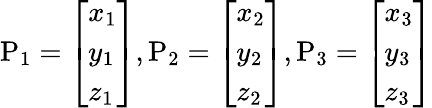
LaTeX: \mathrm{P_{1}}={\left[\begin{array}{l}{x_{1}}\\ {y_{1}}\\ {z_{1}}\end{array}\right]},\mathrm{P_{2}}={\left[\begin{array}{l}{x_{2}}\\ {y_{2}}\\ {z_{2}}\end{array}\right]},\mathrm{P_{3}}={\left[\begin{array}{l}{x_{3}}\\ {y_{3}}\\ {z_{3}}\end{array}\right]}